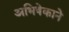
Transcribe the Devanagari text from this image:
अभिषेकाने